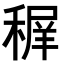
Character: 𥠧